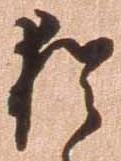
猶